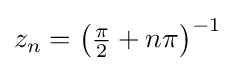
{\textstyle z_{n}=\left({\frac {\pi }{2}}+n\pi \right)^{-1}}